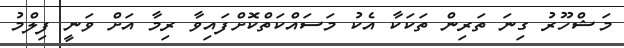
މަޝްހޫރު ގިނަ ތަރިން ތަކަކާ އެކު މަސައްކަތްކޮށްފައިވާ ރިމާ އަށް ވަނީ ފިލްމު